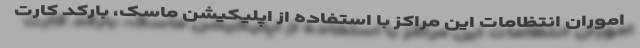
اموران انتظامات این مراکز با استفاده از اپلیکیشن ماسک، بارکد کارت